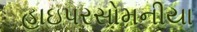
હાઇપરસોમનીયા